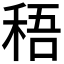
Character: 𥟊